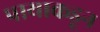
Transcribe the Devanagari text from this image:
पायाकडून